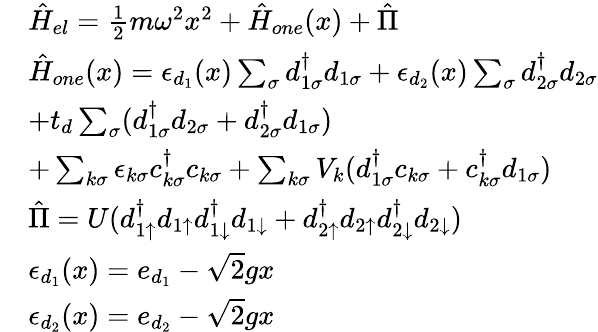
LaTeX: \begin{array}{rl}&{\hat{H}_{el}=\frac{1}{2}m\omega^{2}x^{2}+\hat{H}_{one}(x)+\hat{\Pi}}\\ &{\hat{H}_{one}(x)=\epsilon_{d_{1}}(x)\sum_{\sigma}d_{1\sigma}^{\dagger}d_{1\sigma}+\epsilon_{d_{2}}(x)\sum_{\sigma}d_{2\sigma}^{\dagger}d_{2\sigma}}\\ &{+t_{d}\sum_{\sigma}(d_{1\sigma}^{\dagger}d_{2\sigma}+d_{2\sigma}^{\dagger}d_{1\sigma})}\\ &{+\sum_{k\sigma}\epsilon_{k\sigma}c_{k\sigma}^{\dagger}c_{k\sigma}+\sum_{k\sigma}V_{k}(d_{1\sigma}^{\dagger}c_{k\sigma}+c_{k\sigma}^{\dagger}d_{1\sigma})}\\ &{\hat{\Pi}=U(d_{1\uparrow}^{\dagger}d_{1\uparrow}d_{1\downarrow}^{\dagger}d_{1\downarrow}+d_{2\uparrow}^{\dagger}d_{2\uparrow}d_{2\downarrow}^{\dagger}d_{2\downarrow})}\\ &{\epsilon_{d_{1}}(x)=e_{d_{1}}-\sqrt{2}gx}\\ &{\epsilon_{d_{2}}(x)=e_{d_{2}}-\sqrt{2}gx}\end{array}